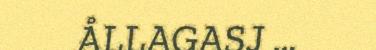
ÅLLAGASJ …